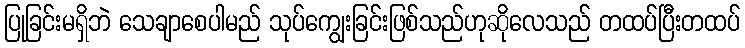
ပြုခြင်းမရှိဘဲ သေချာစေပါမည် သုပ်ကျွေးခြင်းဖြစ်သည်ဟုဆိုလေသည် တထပ်ပြီးတထပ်